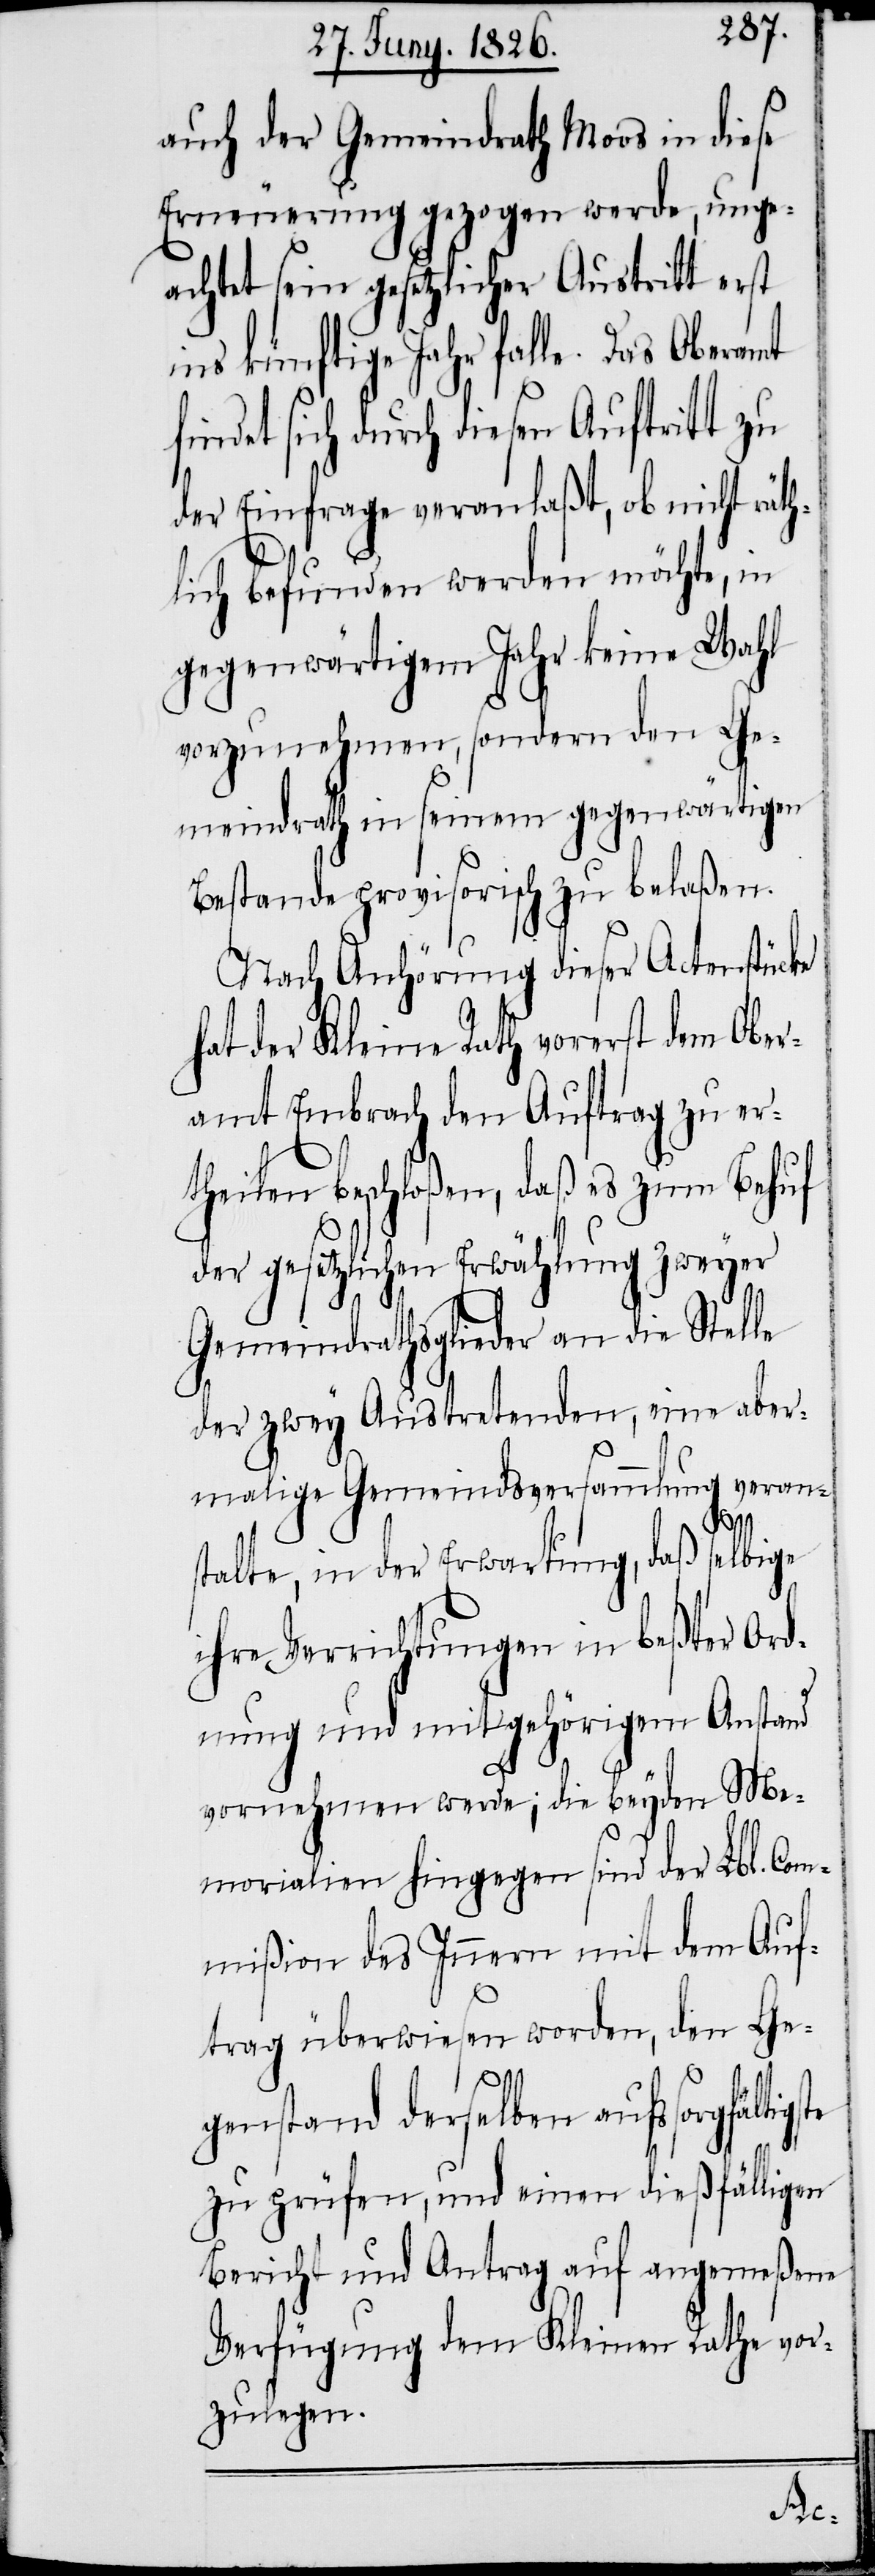
auch der Gemeindrathe Moos in diese
Erneuerung gezogen werde, unge¬
achtet sein gesetzlicher Austritt erst
ins künftige Jahr falle. Das Oberamt
findet sich durch diesen Auftritt zu
der Einfrage veranlaßt, ob nicht räht¬
lich befunden werden möchte, in
gegenwärtigem Jahr keine Wahl
vorzunehmen, sondern den Ge¬
meindrathe in seinem gegenwärtigen
Bestande provisorisch zu belaßen.
Nach Anhörung dieser Actenstücke
hat der Kleine Rath vorerst dem Ober¬
amt Embrach den Auftrag zu er¬
theilen beschloßen, daß es zum Behuf
der gesetzlichen Erwählung zweyer
Gemeindrathsglieder an die Stelle
der zwey Austretenden, eine aber¬
malige Gemeindsversammlung veran¬
stalte, in der Erwartung, daß selbige
ihre Verrichtungen in beßter Ord¬
nung und mit gehörigem Anstand
vornehmen werde; die beyden Me¬
morialien hingegen sind der Lbl. Com¬
mißion des Innern mit dem Auf¬
trag überwiesen worden, den Ge¬
genstand derselben aufs sorgfältig¬
zu prüfen, und einen dießfälligen
Bericht und Antrag auf angemeßene
Verfügung dem Kleinen Rathe vor¬
zulegen.
ste